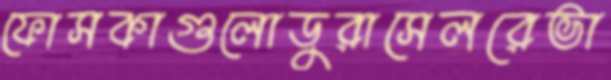
ফোসকাগুলোডুরাসেলরেভা